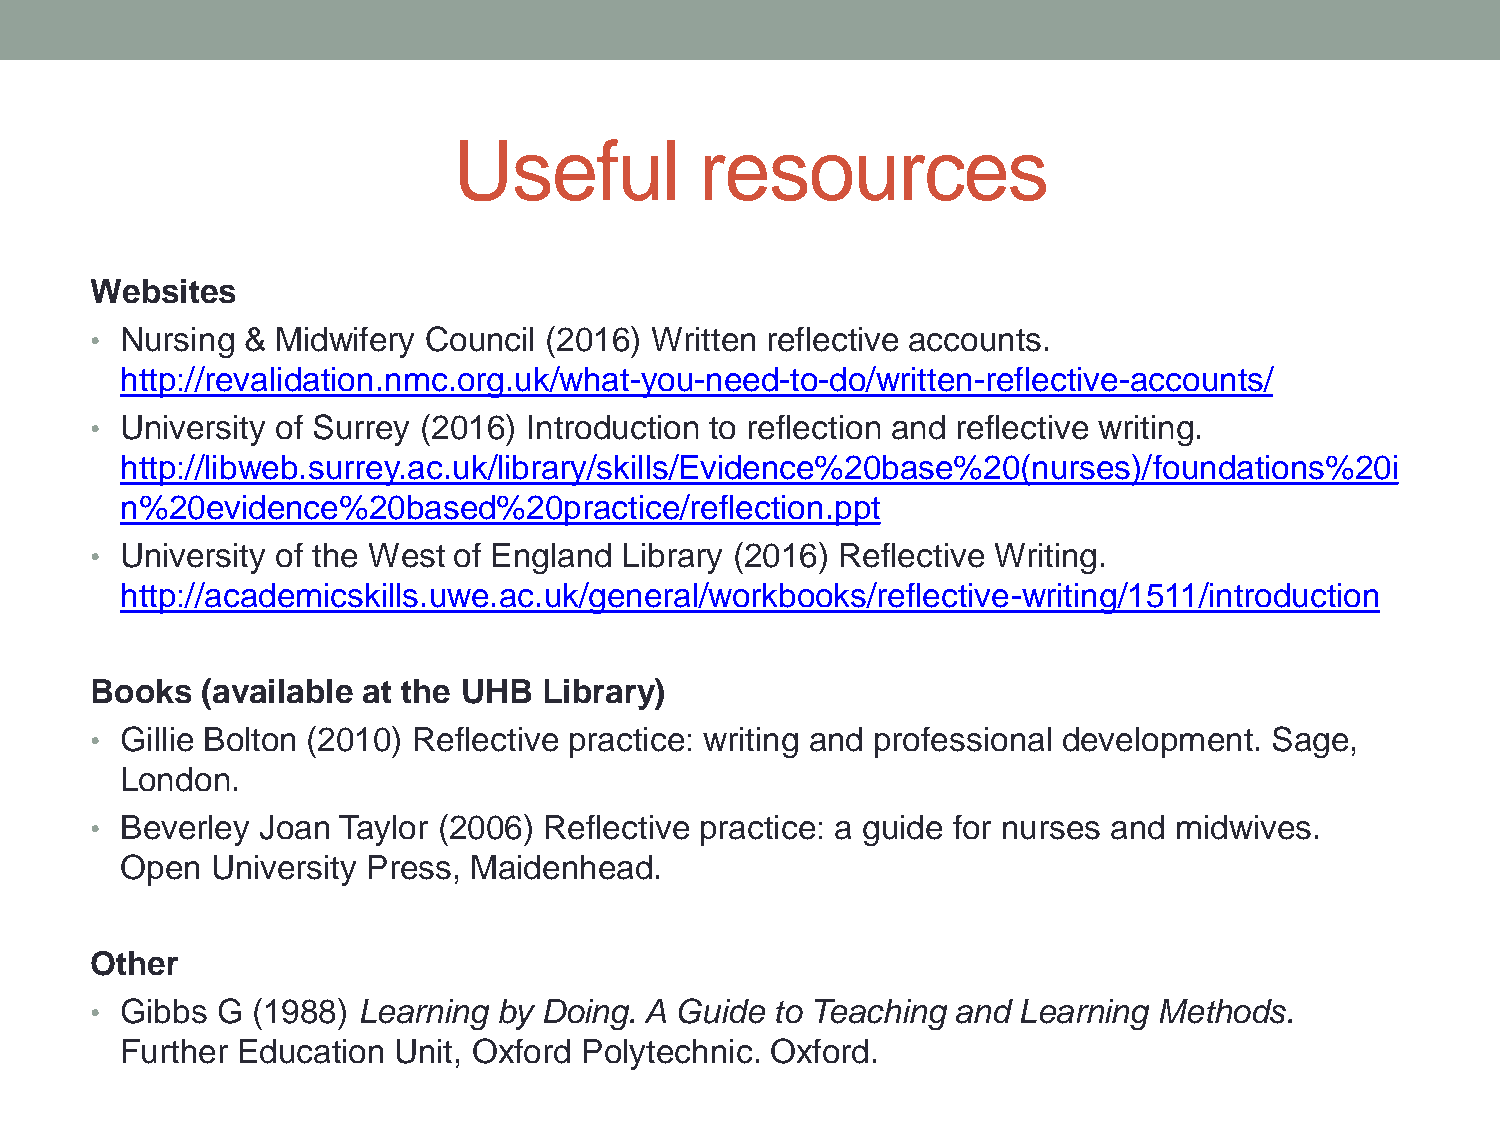
Useful          resources
 Websites
 • Nursing & Midwifery Council (2016) Written reflective accounts.
 http://revalidation.nmc.org.uk/what-you-need-to-do/written-reflective-accounts/
 • University of Surrey (2016) Introduction to reflection and reflective writing.
 http://libweb.surrey.ac.uk/library/skills/Evidence%20base%20(nurses)/foundations%20i
 n%20evidence%20based%20practice/reflection.ppt
 • University of the West of England Library (2016) Reflective Writing.
 http://academicskills.uwe.ac.uk/general/workbooks/reflective-writing/1511/introduction
 Books  (available at the UHB  Library)
 • Gillie Bolton (2010) Reflective practice: writing and professional development. Sage,
 London.
 • Beverley Joan Taylor (2006) Reflective practice: a guide for nurses and midwives.
 Open  University Press, Maidenhead.
 Other
 • Gibbs G  (1988) Learning by Doing. A Guide to Teaching and Learning  Methods.
 Further Education Unit, Oxford Polytechnic. Oxford.